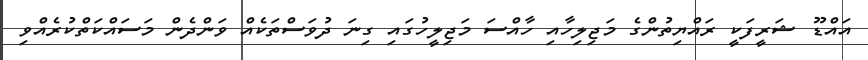
އައްޑޫ ޝަރީފަކީ ރައްޔިތުންގެ މަޖިލިހާއި ހާއްސަ މަޖިލީހުގައި ގިނަ ދުވަސްތަކެއް ވަންދެން މަސައްކަތްކުރެއްވި